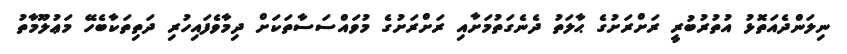
ނިލަންދެއަތޮޅު އުތުރުބުރީ ރަށްރަށުގެ ޙާލަތު ދެނެގަތުމަށާއި ރަށްރަށުގެ މުވައްސަސާތަކަށް ދިމާވެފައިހުރި ދަތިތަކާބެހޭ މަޢުލޫމާތު